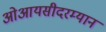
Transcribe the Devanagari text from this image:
ओआयसीदरम्यान